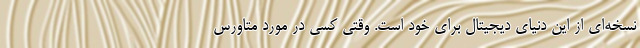
نسخه‌ای از این دنیای دیجیتال برای خود است. وقتی کسی در مورد متاورس